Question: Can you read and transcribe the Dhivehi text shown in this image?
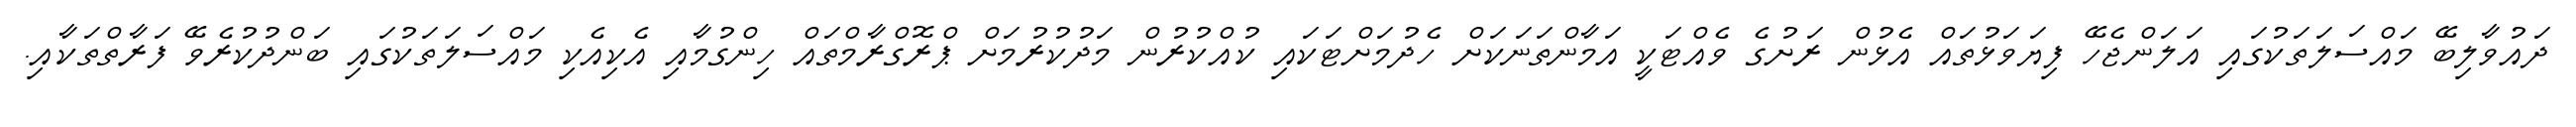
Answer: ދައުވާލިބޭ މައްސަލަތަކުގައި އަލަންޖެހޭ ފިޔަވަޅުތައް އެޅުން ރަށުގެ ވެއްޓަކީ އަމާންތަނަކަށް ހެދުމަށްޓަކައި ކުއްކުރުން މަދުކުރުމަށް ޕްރޮގްރާމްތައް ހިންގުމާއި އެކިއެކި މައްސަލަތަކުގައި ބަންދުކުރެވޭ ފަރާތްތަކާއި.